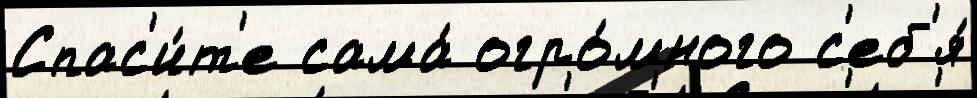
Спас'и́т'е сама́ огро́много с'еб'я́